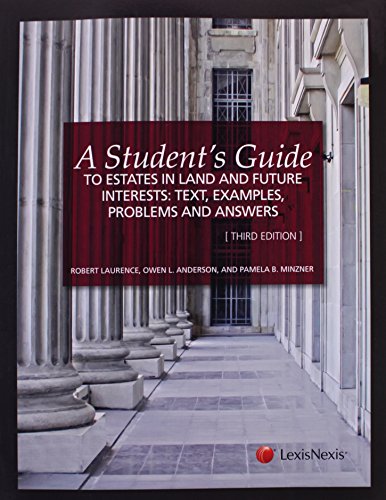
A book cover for A Student's Guide to Estates in Land and Future Interests: Text, Examples, Problems, and Answers; Robert Laurenceer; Law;